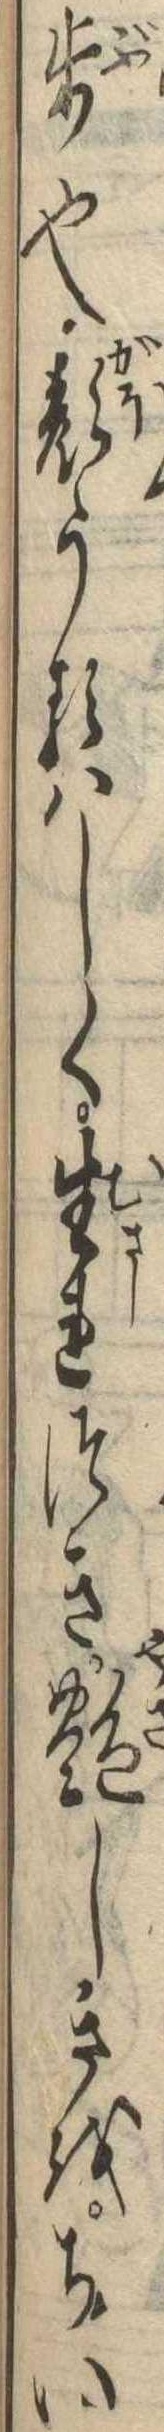
歩也顔うるはしく生れつき艶しきをちい